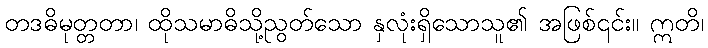
တဒဓိမုတ္တတာ၊ ထိုသမာဓိသို့ညွတ်သော နှလုံးရှိသောသူ၏ အဖြစ်၎င်း။ ဣတိ၊